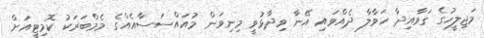
މަޖިލީހުގެ ގަވާއިދާ ހަވާލާ ދެއްވައި އޭނާ ވިދާޅުވީ މިނިވަން މުއައްސަސާއެއްގެ މެމްބަރަކު ކޮމިޓީއަށް